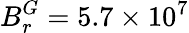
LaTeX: B_{r}^{G}=5.7\times 10^{7}